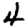
Digit: 4